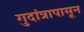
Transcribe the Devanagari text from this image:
गुदांत्रापासून